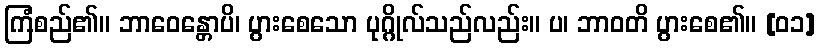
ကြံစည်၏။ ဘာဝေန္တောပိ၊ ပွားစေသော ပုဂ္ဂိုလ်သည်လည်း။ ပ၊ ဘာဝတိ ပွားစေ၏။ [၀၁]